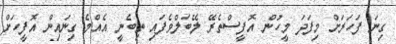
ގިނަ ފަހަރަށް މިފަދަ މީހުން އޮފީސްތެރޭ ލޭބަލްވެފައި ތިބެނީ އެއްމެ ގިނައިން އޮފީހަށް